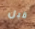
قبل